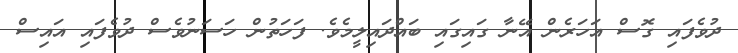
ދުވެފައި ގޮސް އަހަރެން އޭނާ ގައިގައި ބައްދައިލީމެވެ. ފަހަތުން ހަސަނުވެސް ދުވެފައި އައިސް